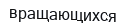
вращающихся